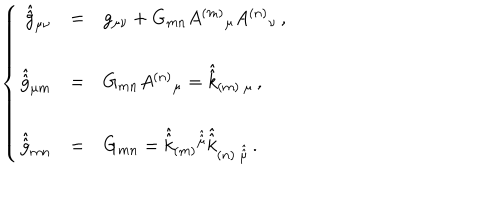
\left\{ \begin{array} { r c l } { { \hat { \hat { g } } _ { \mu \nu } } } & { { = } } & { { g _ { \mu \nu } + G _ { m n } A ^ { ( m ) } { } _ { \mu } A ^ { ( n ) } { } _ { \nu } \, , } } \\ { { } } & { { } } & { { } } \\ { { \hat { \hat { g } } _ { \mu m } } } & { { = } } & { { G _ { m n } A ^ { ( n ) } { } _ { \mu } = \hat { \hat { k } } _ { ( m ) \ \mu } \, , } } \\ { { } } & { { } } & { { } } \\ { { \hat { \hat { g } } _ { m n } } } & { { = } } & { { G _ { m n } = \hat { \hat { k } } _ { ( m ) } { } ^ { \hat { \hat { \mu } } } \hat { \hat { k } } _ { ( n ) \ \hat { \hat { \mu } } } \, . } } \\ \end{array} \right.